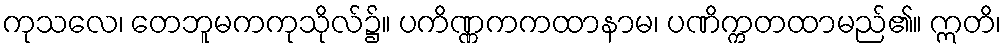
ကုသလေ၊ တေဘူမကကုသိုလ်၌။ ပကိဏ္ဏကကထာနာမ၊ ပဏိက္ကတထာမည်၏။ ဣတိ၊